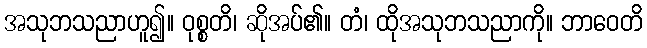
အသုဘသညာဟူ၍။ ဝုစ္စတိ၊ ဆိုအပ်၏။ တံ၊ ထိုအသုဘသညာကို။ ဘာဝေတိ